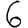
Digit: 6